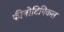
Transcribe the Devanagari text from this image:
फीनोटिपिकल